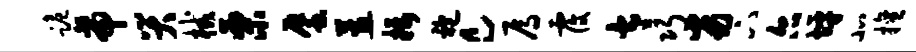
跪帝哭械栗蜃蕙摄袍c焉覆太巧劣下尔坪北擅